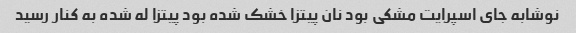
نوشابه جای اسپرایت مشکی بود نان پیتزا خشک شده بود پیتزا له شده به کنار رسید